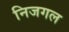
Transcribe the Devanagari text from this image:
निजगल